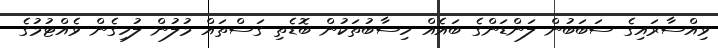
ވިއްސާރައިގެ ސަބަބުން ލަންޑަންގެ ބައެއް ހިސާބުތަކުން ބޮޑެތި ގަސްތައް މުލުން ލުހިގެން ވެއްޓުމުގެ